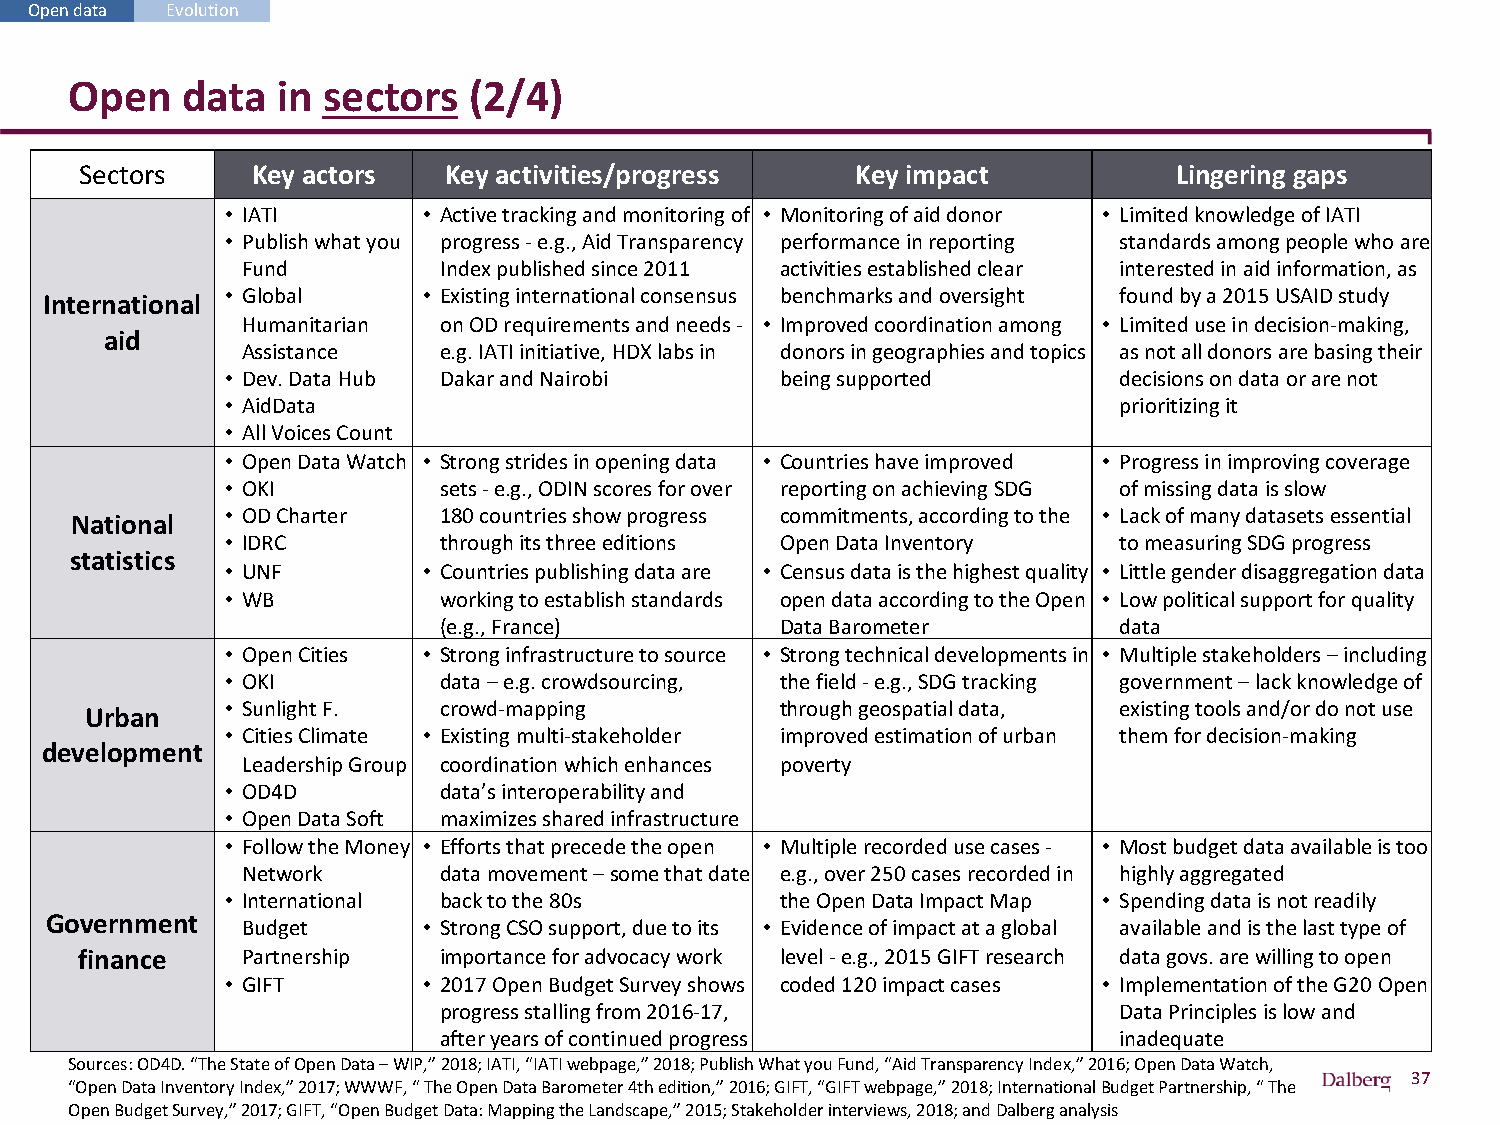
Open data Evolution
 Open   data  in sectors   (2/4)
 Sectors     Key actors  Key activities/progress     Key impact           Lingering gaps
 • IATI       • Active tracking and monitoring of • Monitoring of aid donor • Limited knowledge of IATI
 • Publish what you progress -e.g., Aid Transparency performance in reporting standards among people who are
 Fund         Index published since 2011 activities established clear interested in aid information, as
 • Global     • Existing international consensus benchmarks and oversight found by a 2015 USAID study
 International
 Humanitarian on OD requirements and needs - • Improved coordination among • Limited use in decision-making,
 aid
 Assistance   e.g. IATI initiative, HDX labs in donors in geographies and topics as not all donors are basing their
 • Dev. Data Hub Dakar and Nairobi    being supported       decisions on data or are not
 • AidData                                                  prioritizing it
 • All Voices Count
 • Open Data Watch • Strong strides in opening data • Countries have improved • Progress in improving coverage
 • OKI         sets -e.g., ODIN scores for over reporting on achieving SDG of missing data is slow
 • OD Charter  180 countries show progress commitments, according to the • Lack of many datasets essential
 National
 • IDRC        through its three editions Open Data Inventory to measuring SDG progress
 statistics
 • UNF        • Countries publishing data are • Census data is the highest quality • Little gender disaggregation data
 • WB          working to establish standards open data according to the Open • Low political support for quality
 (e.g., France)         Data Barometer        data
 • Open Cities • Strong infrastructure to source • Strong technical developments in • Multiple stakeholders –including
 • OKI         data –e.g. crowdsourcing, the field -e.g., SDG tracking government –lack knowledge of
 • Sunlight F. crowd-mapping          through geospatial data, existing tools and/or do not use
 Urban
 • Cities Climate • Existing multi-stakeholder improved estimation of urban them for decision-making
 development
 Leadership Group coordination which enhances poverty
 • OD4D        data’s interoperability and
 • Open Data Soft maximizes shared infrastructure
 • Follow the Money • Efforts that precede the open • Multiple recorded use cases - • Most budget data available is too
 Network      data movement –some that date e.g., over 250 cases recorded in highly aggregated
 • International back to the 80s      the Open Data Impact Map • Spending data is not readily
 Government   Budget      • Strong CSO support, due to its • Evidence of impact at a global available and is the last type of
 finance    Partnership  importance for advocacy work level -e.g., 2015 GIFT research data govs. are willing to open
 • GIFT       • 2017 Open Budget Survey shows coded 120 impact cases • Implementation of the G20 Open
 progress stalling from 2016-17,              Data Principles is low and
 after years of continued progress            inadequate
 Sources: OD4D. “The State of Open Data –WIP,” 2018; IATI, “IATI webpage,” 2018; Publish What you Fund, “Aid Transparency Index,” 2016; Open Data Watch,
 37
 “Open Data Inventory Index,” 2017; WWWF, “ The Open Data Barometer 4th edition,” 2016; GIFT, “GIFT webpage,” 2018; InternationalBudget Partnership, “ The
 Open Budget Survey,” 2017; GIFT, “Open Budget Data: Mapping the Landscape,” 2015; Stakeholder interviews, 2018; and Dalberg analysis